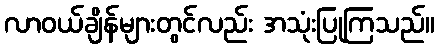
လာဝယ်ချိန်များတွင်လည်း အသုံးပြုကြသည်။